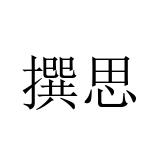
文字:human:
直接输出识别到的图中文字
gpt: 撰思